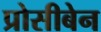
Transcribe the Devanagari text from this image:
प्रोसीबेन